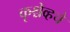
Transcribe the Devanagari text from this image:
कृश्चेव्हचे